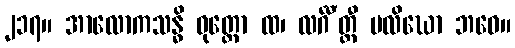
၂၁၇။ အာလောကသန္ဓိ ဝုတ္တော ထ၊ လင်္ဂီ’တ္ထီ ပလိဃော ဘဝေ။